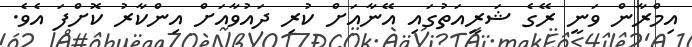
އިމްރާން ވަނީ ރޭގެ ޝަރީއަތުގައި އޭނާއަށް ކުރި ދައުވާއަށް އިންކާރު ކޮށްފަ އެވެ.